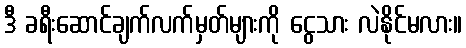
ဒီ ခရီးဆောင်ချက်လက်မှတ်များကို ငွေသား လဲနိုင်မလား။